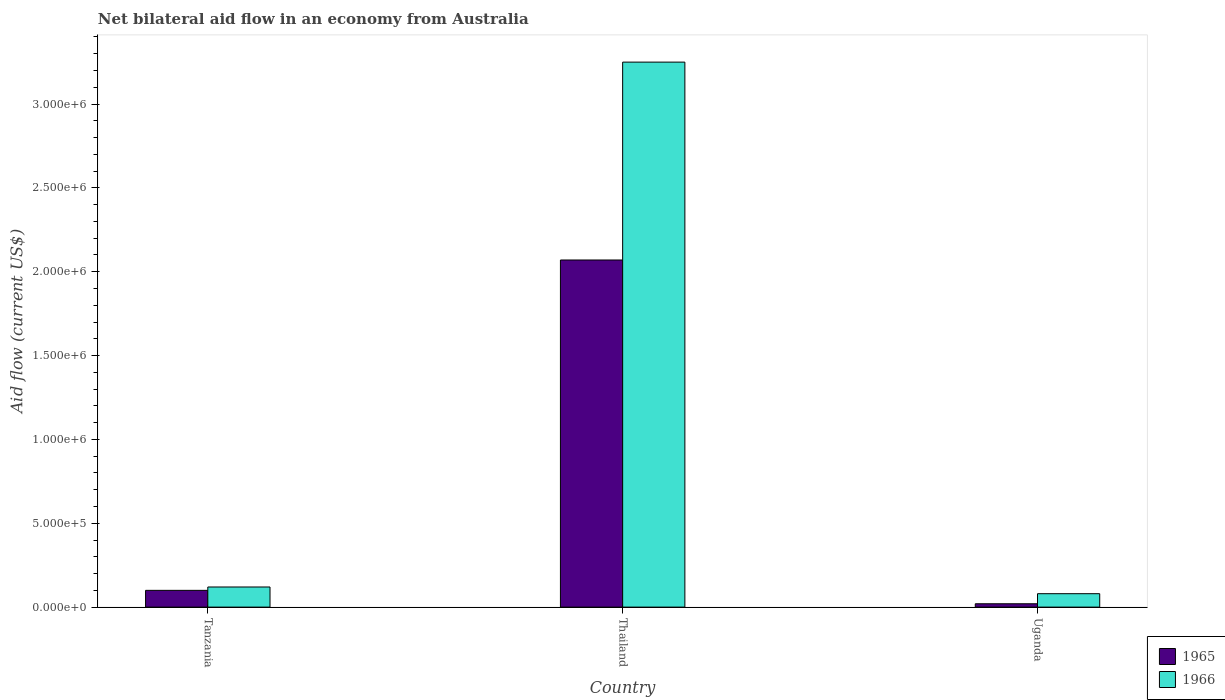
| Country | 1965 | 1966 |
 | --- | --- | --- |
 | Tanzania | 1e+05 | 1.2e+05 |
 | Thailand | 2.07e+06 | 3.25e+06 |
 | Uganda | 2e+04 | 8e+04 |